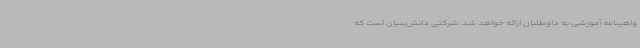
واهینامه آموزشی به داوطلبان ارائه خواهد شد. شرکتی دانش‌بنیان است که